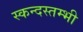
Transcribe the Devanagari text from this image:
स्कन्दस्तम्भी